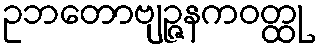
ဥဘတောဗျဉ္ဇနကဝတ္ထု